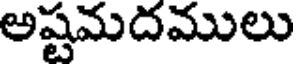
అష్టమదములు